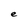
Character: e